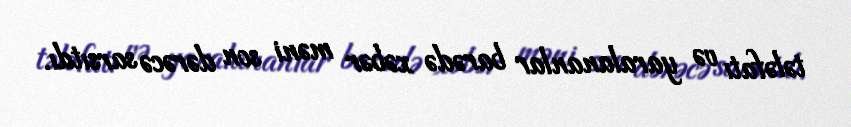
tələfatı və yaralananlar barədə xəbər məni son dərəcə sarsıtdı.